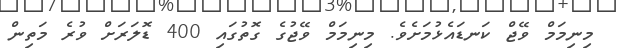
މިނިމަމް ވޭޖް ކަނޑައެޅުމަށެވެ. މިނިމަމް ވޭޖުގެ ގޮތުގައި 400 ޑޮލަރަށް ވުރެ މަތިން